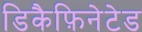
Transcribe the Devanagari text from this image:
डिकैफ़िनेटेड